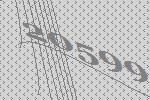
20599